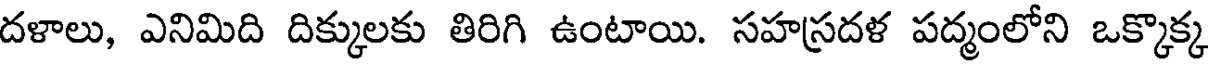
దళాలు, ఎనిమిది దిక్కులకు తిరిగి ఉంటాయి. సహస్రదళ పద్మంలోని ఒక్కొక్క